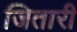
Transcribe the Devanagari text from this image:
जितारी